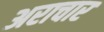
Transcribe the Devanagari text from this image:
अराचार